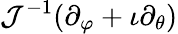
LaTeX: \mathcal{J}^{-1}(\partial_{\varphi}+\iota\partial_{\theta})